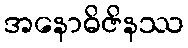
အနောဓိဇိနဿ